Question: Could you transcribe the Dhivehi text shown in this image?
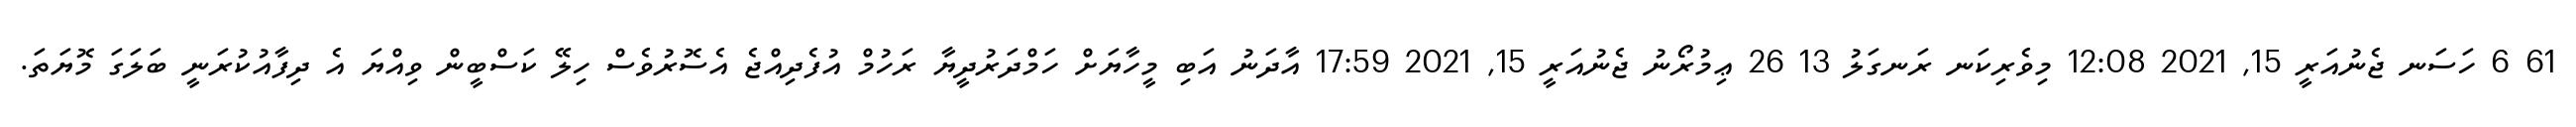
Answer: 61 6 ހަސަނ ޖެނުއަރީ 15, 2021 12:08 މިވެރިކަނ ރަނގަލު 13 26 ޢިމުރޯނު ޖެނުއަރީ 15, 2021 17:59 އާދަނު އަބި މީހާޔަށް ހަމްދަރުދީޔާ ރަހުމް އުފެދިއްޖެ އެސޮރުވެސް ހިލޭ ކަސްބީން ވިއްޔަ އެ ދިފާއުކުރަނީ ބަލަގަ މޮޔަތަ.